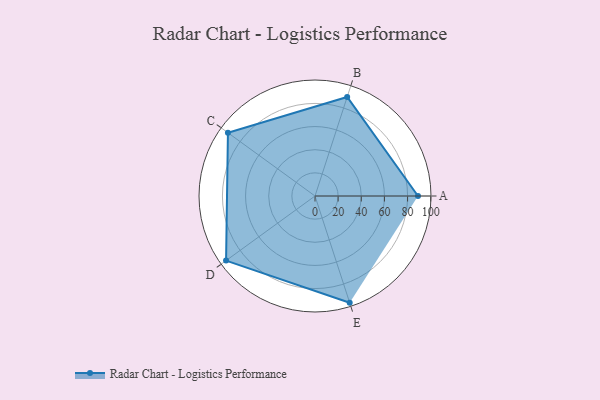
{"axis": {"x": "Skill", "y": "Score"}, "legend": ["Profile"], "data": [{"x": "A", "y": 89.0, "type": "Profile"}, {"x": "B", "y": 90.0, "type": "Profile"}, {"x": "C", "y": 93.0, "type": "Profile"}, {"x": "D", "y": 95.0, "type": "Profile"}, {"x": "E", "y": 97.0, "type": "Profile"}]}